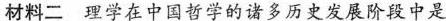
材料二理学在中国哲学的诸多历史发展阶段中是